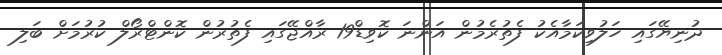
ދުނިޔޭގައި ހަލުވިކަމާއެކު ފެތުރެމުން އަންނަ ކޮވިޑް19 ރާއްޖޭގައި ފެތުރުން ކޮންޓްރޯލް ކުރުމަށް ބަލި